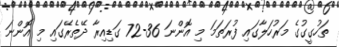
ތަހުގީގުގެ މަރުހަލާގައި ފުރަތަމަ މި އޮންނަ 36-72 ގަޑިއިރާ ދޭތެރޭގައި މި އޮންނަ